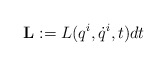
\begin{align*}{\bf L}:=L(q^i, \dot q^i, t)dt\end{align*}